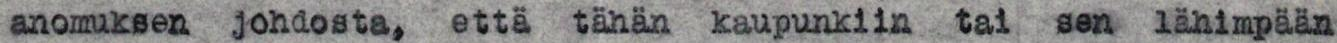
anomuksen johdosta, että tähän kaupunkiin tai sen lähimpään